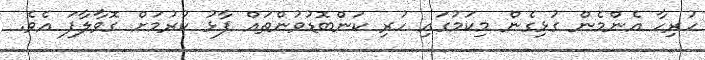
ހުރިހާ އެންމެން ގުޅިގެން މިކަމުގައި ހުރި ކަންބޮޑުވުންތައް ފާޅު ކުރުމަށް ގޮވާލާފަ އެވެ.